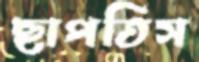
ছাপতিস